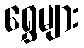
ရွှေများ